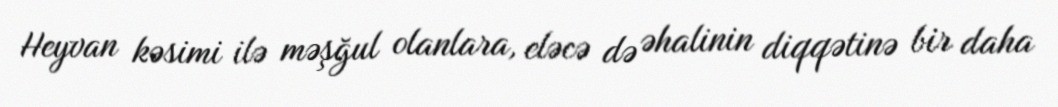
Heyvan kəsimi ilə məşğul olanlara, eləcə də əhalinin diqqətinə bir daha